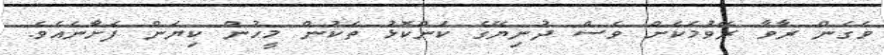
ވެގެން ރާވާ ރޭވުމަކަށް ވެސް ދުނިޔޭގެ ކަންކޮޅު ތަކުން މީހުން ކިޔަން ފަށާނެއެވެ.